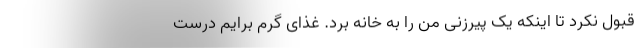
قبول نکرد تا اینکه یک پیرزنی من را به خانه برد. غذای گرم برایم درست